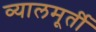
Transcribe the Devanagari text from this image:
व्यालमूर्ती